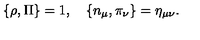
\{ \rho , \Pi \} = 1 , \quad \{ n _ { \mu } , \pi _ { \nu } \} = \eta _ { \mu \nu } .